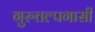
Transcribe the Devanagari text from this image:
गुरुतल्पगासी